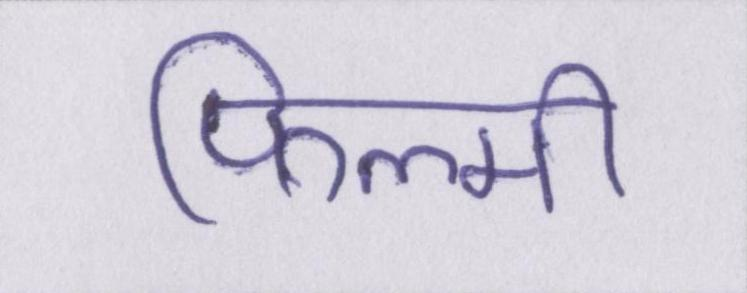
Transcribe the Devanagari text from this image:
फिल्मी